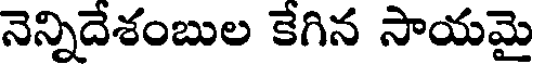
నెన్నిదేశంబుల కేగిన సాయమై